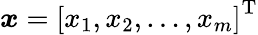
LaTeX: {\boldsymbol{x}}={\left[\begin{array}{l}{x_{1},x_{2},\dots,x_{m}}\end{array}\right]}^{\mathrm{{T}}}